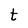
Character: t